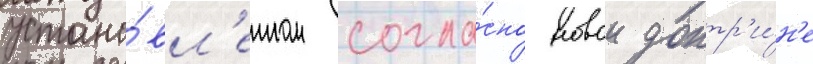
устано́вл'енном согла́сно новои доктр'и́н'е